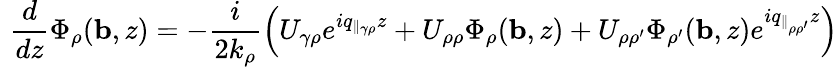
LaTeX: \ \ \! \frac{d}{dz}\Phi_{\rho}({\mathbf b},z)=-\frac{i}{2k_{\rho}}\left(U_{\gamma\rho}e^{iq_{\| _{\gamma\rho}}z}+U_{\rho\rho}\Phi_{\rho}({\mathbf b},z)+U_{\rho\rho^{\prime}}\Phi_{\rho^{\prime}}({\mathbf b},z)e^{iq_{\| _{\rho\rho^{\prime}}}z}\right)